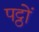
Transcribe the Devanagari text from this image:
पट्ठों